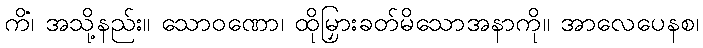
ကိံ၊ အသို့နည်း။ သောဝဏော၊ ထိုမြှားခတ်မိသောအနာကို။ အာလေပေနစ၊